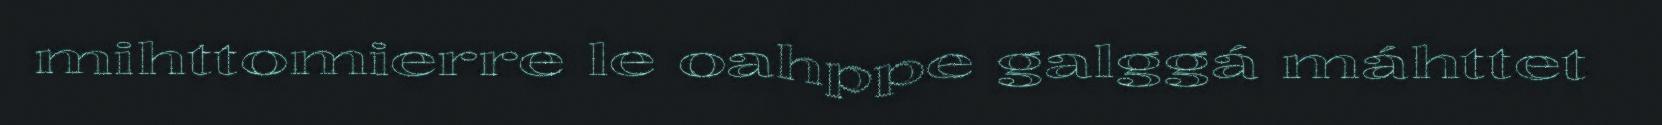
mihttomierre le oahppe galggá máhttet